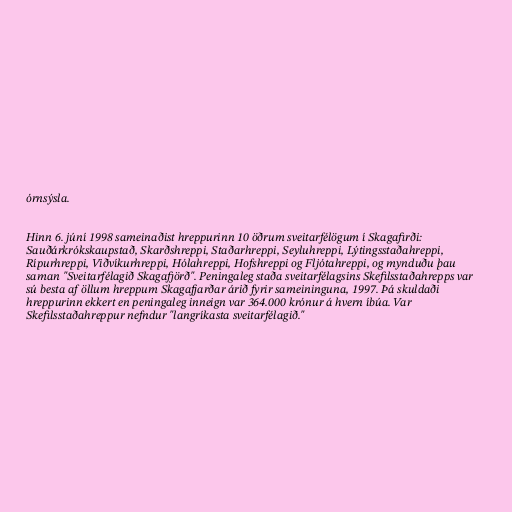
órnsýsla.

Hinn 6. júní 1998 sameinaðist hreppurinn 10 öðrum sveitarfélögum í Skagafirði:
Sauðárkrókskaupstað, Skarðshreppi, Staðarhreppi, Seyluhreppi, Lýtingsstaðahreppi,
Rípurhreppi, Viðvíkurhreppi, Hólahreppi, Hofshreppi og Fljótahreppi, og mynduðu þau
saman "Sveitarfélagið Skagafjörð". Peningaleg staða sveitarfélagsins Skefilsstaðahrepps var
sú besta af öllum hreppum Skagafjarðar árið fyrir sameininguna, 1997. Þá skuldaði
hreppurinn ekkert en peningaleg inneign var 364.000 krónur á hvern íbúa. Var
Skefilsstaðahreppur nefndur "langríkasta sveitarfélagið."